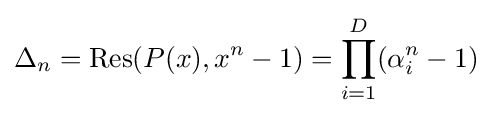
\Delta _{n}={\text{Res}}(P(x),x^{n}-1)=\prod _{i=1}^{D}(\alpha _{i}^{n}-1)